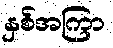
နှစ်အကြာ